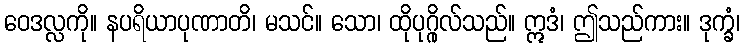
ဝေဒလ္လကို။ နပရိယာပုဏာတိ၊ မသင်။ သော၊ ထိုပုဂ္ဂိုလ်သည်။ ဣဒံ၊ ဤသည်ကား။ ဒုက္ခံ၊